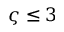
\varsigma \le 3